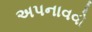
અપનાવવો